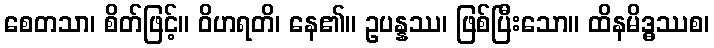
စေတသာ၊ စိတ်ဖြင့်။ ဝိဟရတိ၊ နေ၏။ ဥပန္နဿ၊ ဖြစ်ပြီးသော။ ထိနမိဒ္ဓဿစ၊